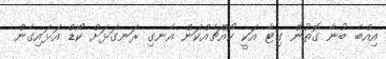
އިއްބެ ބުނާ ގޮތުން ގިޓާ އަކީ ކޯއްޗެއްކަން އެނގި ރަނގަޅަށް ކޯޑް އަޅައިގެން